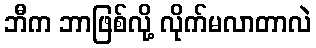
ဘီက ဘာဖြစ်လို့ လိုက်မလာတာလဲ